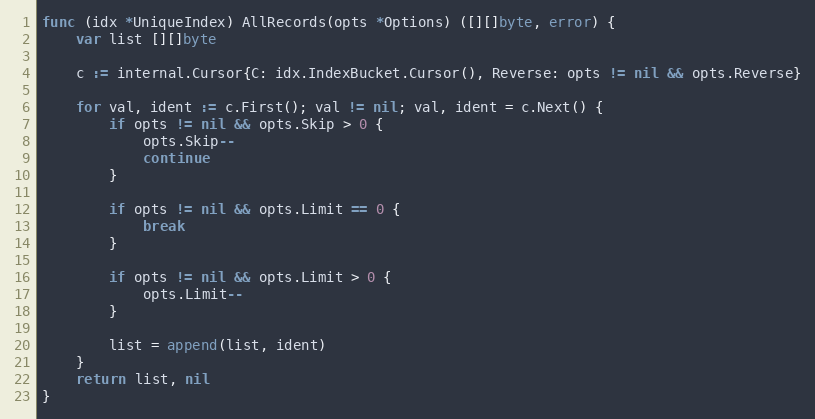
Language: Go
func (idx *UniqueIndex) AllRecords(opts *Options) ([][]byte, error) {
	var list [][]byte

	c := internal.Cursor{C: idx.IndexBucket.Cursor(), Reverse: opts != nil && opts.Reverse}

	for val, ident := c.First(); val != nil; val, ident = c.Next() {
		if opts != nil && opts.Skip > 0 {
			opts.Skip--
			continue
		}

		if opts != nil && opts.Limit == 0 {
			break
		}

		if opts != nil && opts.Limit > 0 {
			opts.Limit--
		}

		list = append(list, ident)
	}
	return list, nil
}